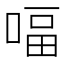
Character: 𠸢